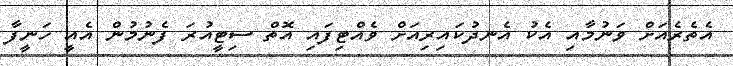
އެތެރެއަށް ވަނުމާއި އެކު އެނދުކައިރިއަށް ވެއްޓިފައި އޮތް ސިޓީއުރަ ފެނުމުން އެއީ ހަނީފާ